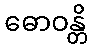
ဓောဝန္တိ